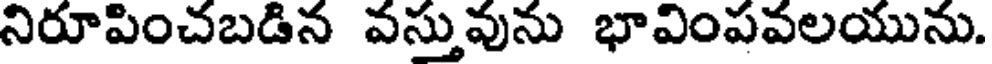
నిరూపించబడిన వస్తువును భావింపవలయును.